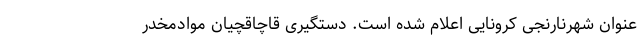
عنوان شهرنارنجی کرونایی اعلام شده است. دستگیری قاچاقچیان موادمخدر